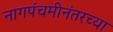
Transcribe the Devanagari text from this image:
नागपंचमीनंतरच्या